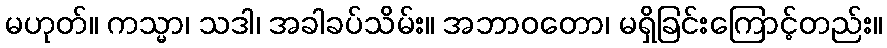
မဟုတ်။ ကသ္မာ၊ သဒါ၊ အခါခပ်သိမ်း။ အဘာဝတော၊ မရှိခြင်းကြောင့်တည်း။